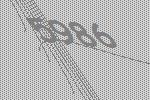
5986